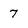
Character: 7